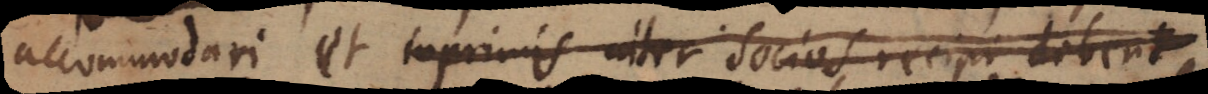
accommodari et inprimis inter Socios recipi debent